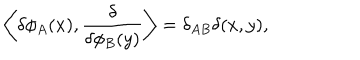
\left\langle \delta \phi _ { A } ( x ) , { \frac { \delta } { \delta \phi _ { B } ( y ) } } \right\rangle = \delta _ { A B } \delta ( x , y ) ,